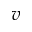
v